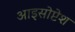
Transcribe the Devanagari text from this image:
आइसोप्टेश